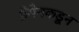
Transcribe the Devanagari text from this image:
ब्रेमेनकडून